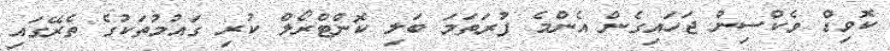
ކޮވިޑް ވެކްސިން ޖަހައިގެން އެންމެ ފުރަތަމަ ބަލި ކޮންޓްރޯލް ކުރި ގައުމުތަކުގެ ތެރޭގައި